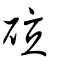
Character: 砬